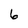
Character: 6